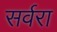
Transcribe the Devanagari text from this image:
सर्वरा